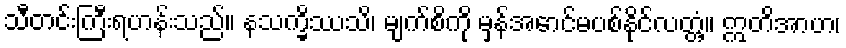
သီတင်းကြီးရဟန်းသည်။ နသက္ခိဿသိ၊ မျက်စိကို မှန်အောင်မပစ်နိုင်လတ္တံ့။ ဣတိအာဟ၊